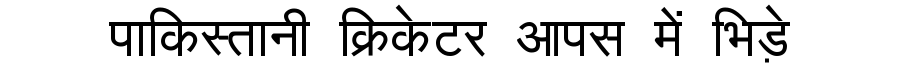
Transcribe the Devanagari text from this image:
पाकिस्तानी क्रिकेटर आपस में भिड़े